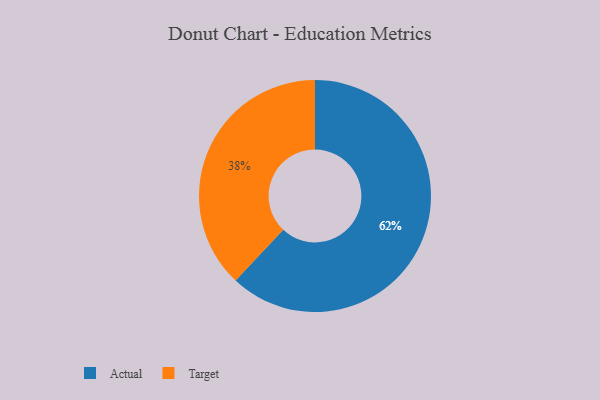
{"axis": {"x": "Category", "y": "Percentage"}, "legend": ["Actual", "Target"], "data": [{"x": "Target", "y": 38, "type": "Target"}, {"x": "Actual", "y": 62, "type": "Actual"}]}